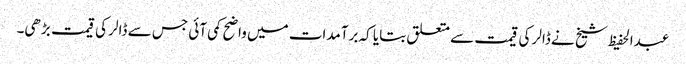
عبدالحفیظ شیخ نے ڈالر کی قیمت سے متعلق بتایا کہ برآمدات میں واضح کمی آئی جس سے ڈالر کی قیمت بڑھی۔